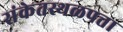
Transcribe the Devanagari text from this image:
संकेतस्थळपत्ता